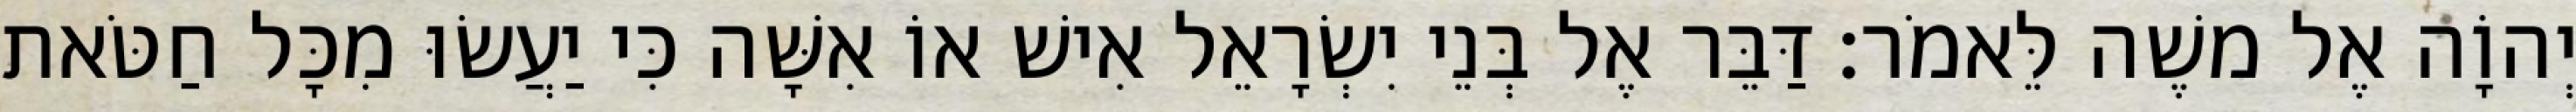
יְהוָֹה אֶל משֶׁה לֵּאמֹר׃ דַּבֵּר אֶל בְּנֵי יִשְׂרָאֵל אִישׁ אוֹ אִשָּׁה כִּי יַעֲשׂוּ מִכָּל חַטֹּאת